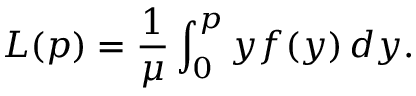
L ( p ) = \frac { 1 } { \mu } \int _ { 0 } ^ { p } y f ( y ) \, d y .